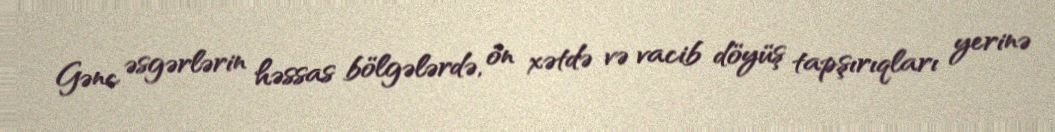
Gənc əsgərlərin həssas bölgələrdə, ön xətdə və vacib döyüş tapşırıqları yerinə